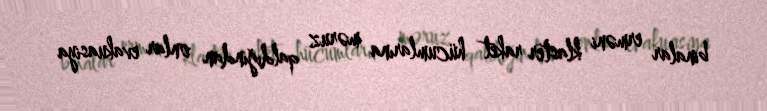
binalar erməni klaster raket hücumlarına məruz qaldığından onlar evakuasiya